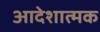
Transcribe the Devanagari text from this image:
आदेशात्‍मक